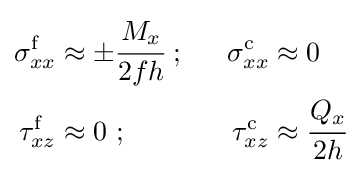
{\begin{aligned}\sigma _{xx}^{\mathrm {f} }&\approx \pm {\cfrac {M_{x}}{2fh}}~;~~&\sigma _{xx}^{\mathrm {c} }&\approx 0\\\tau _{xz}^{\mathrm {f} }&\approx 0~;~~&\tau _{xz}^{\mathrm {c} }&\approx {\cfrac {Q_{x}}{2h}}\end{aligned}}